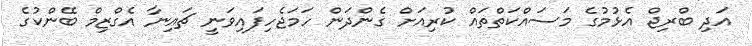
އަދި ބްރިޖް އެޅުމުގެ މަސައްކަތްތައް ކުރިއަށް ގެންދަން ހަމަޖެހިފައިވަނީ ޗައިނާ އެގްޒިމް ބޭންކުގެ